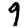
Digit: 9